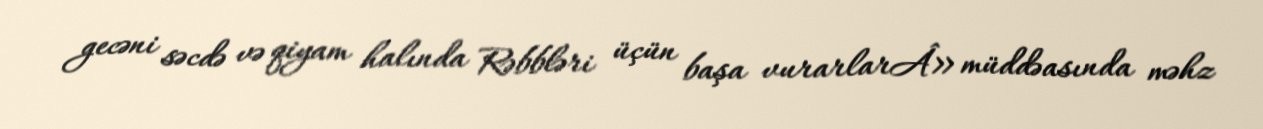
gecəni səcdə və qiyam halında Rəbbləri üçün başa vurarlarÂ» müddəasında məhz